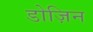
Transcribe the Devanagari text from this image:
डोज़िन